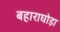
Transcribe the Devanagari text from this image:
बहाराघोड़ा